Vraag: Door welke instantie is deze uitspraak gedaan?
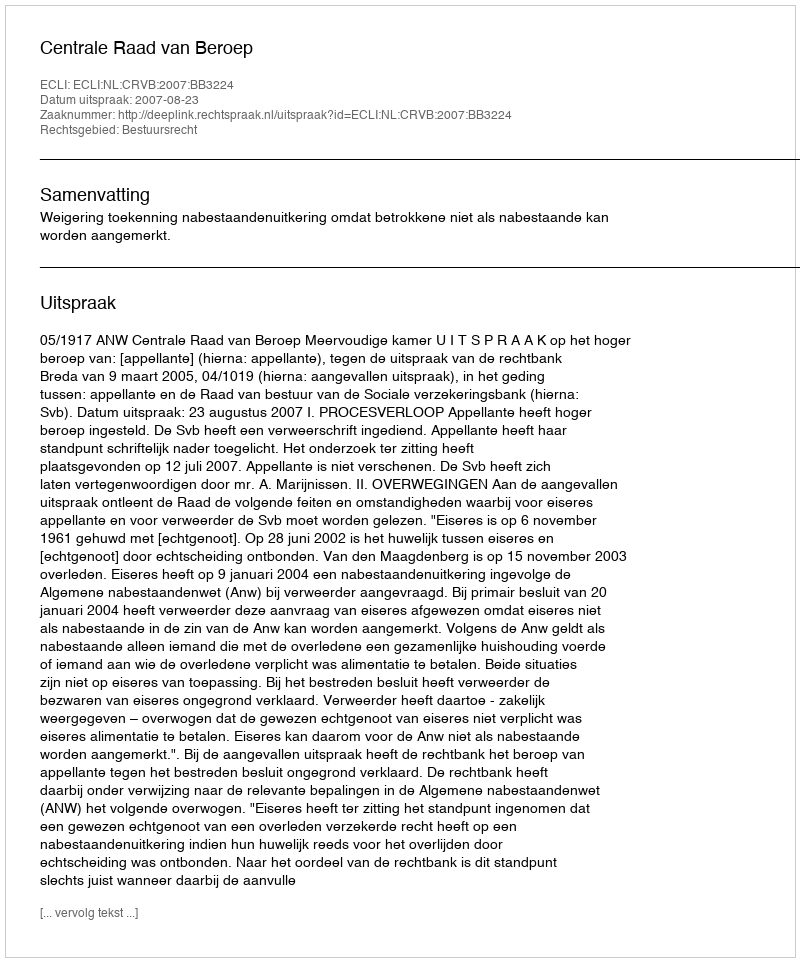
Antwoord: Centrale Raad van Beroep